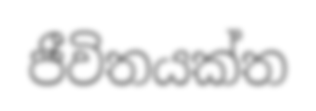
ජීවිතයක්ත